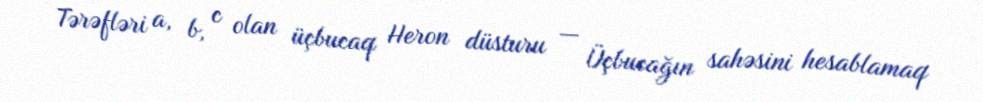
Tərəfləri a, b, c olan üçbucaq Heron düsturu — Üçbucağın sahəsini hesablamaq